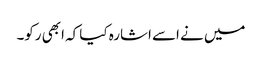
میں نے اسے اشارہ کیا کہ ابھی رکو۔